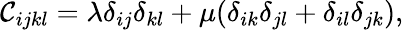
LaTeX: \mathcal{C}_{ijkl}=\lambda\delta_{ij}\delta_{kl}+\mu(\delta_{ik}\delta_{jl}+\delta_{il}\delta_{jk}),